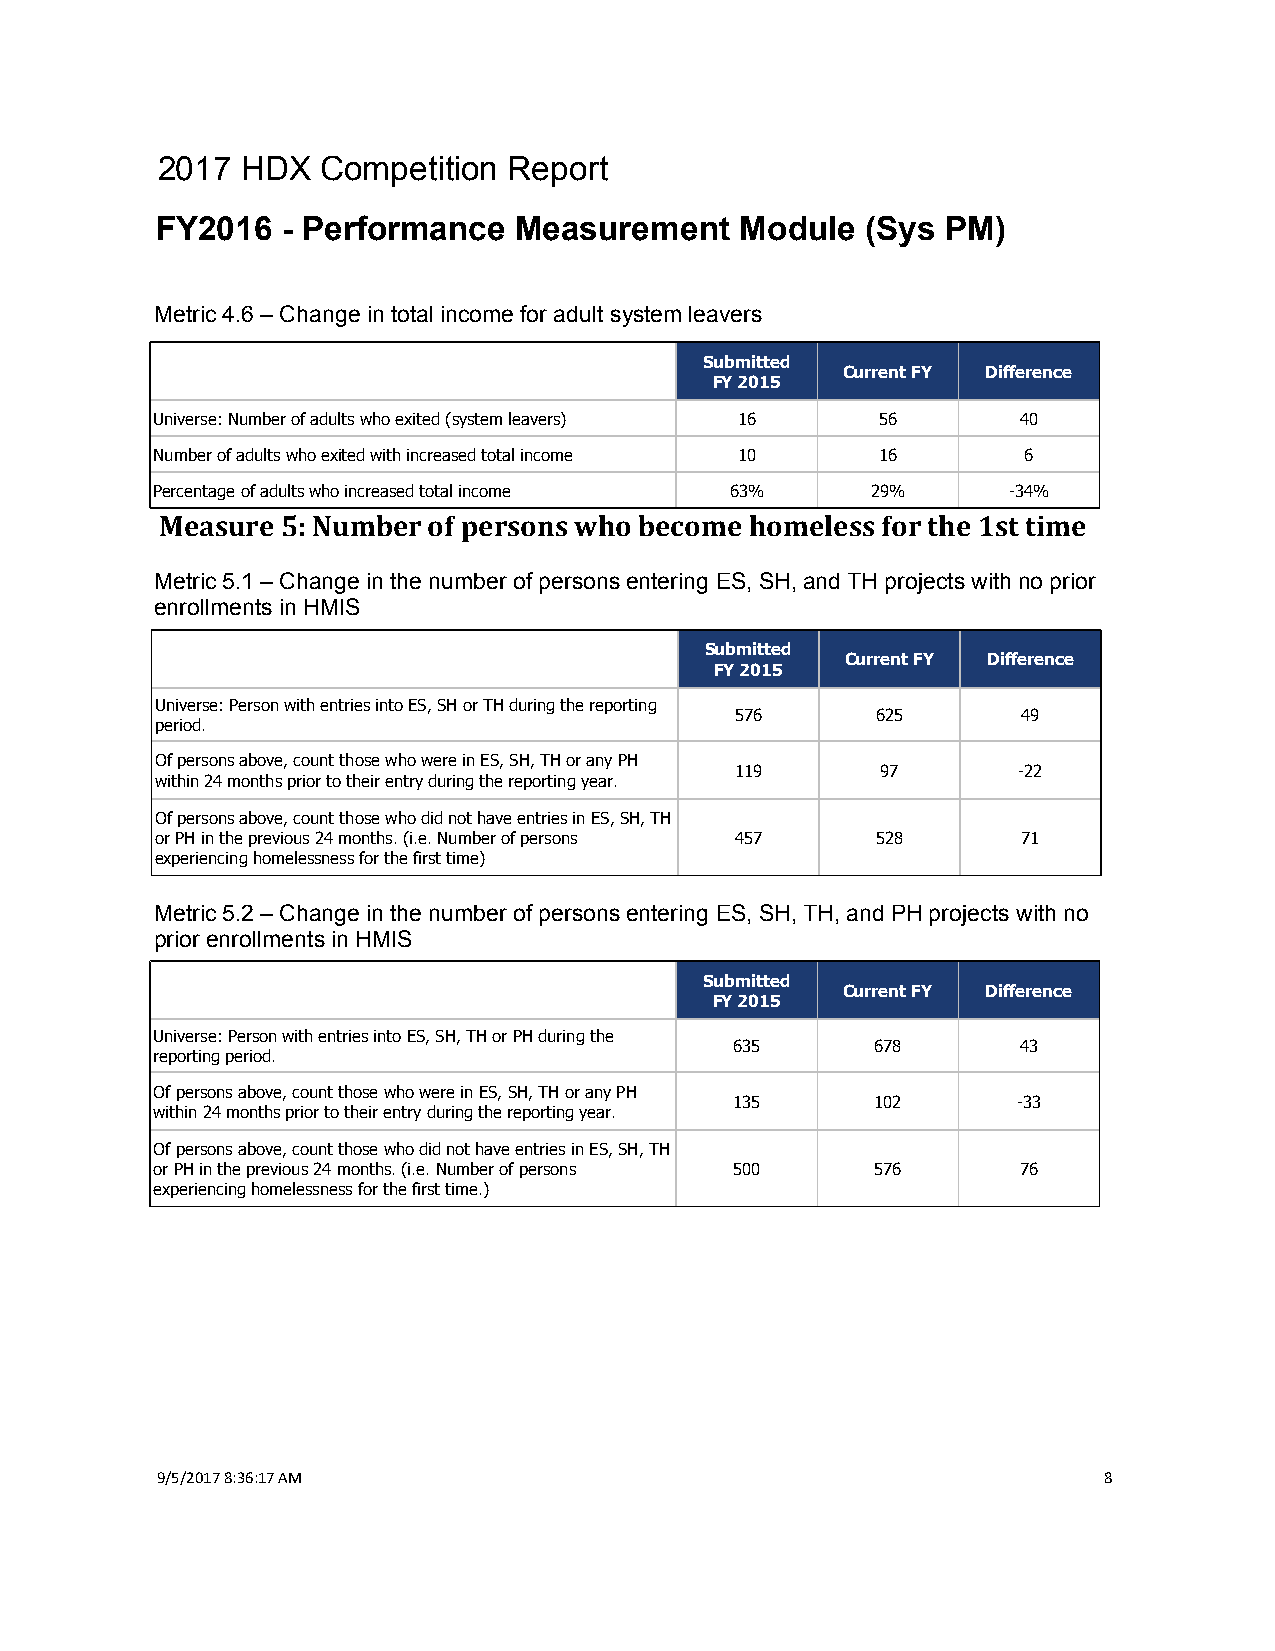
2017  HDX  Competition  Report
 FY2016   - Performance  Measurement    Module  (Sys  PM)
 Metric 4.6 – Change in total income for adult system leavers
 Submitted
 Current FY Difference
 FY 2015
 Universe: Number of adults who exited (system leavers) 16 56 40
 Number of adults who exited with increased total income 10 16 6
 Percentage of adults who increased total income 63% 29%  -34%
 Measure 5: Number of persons who become homeless for the 1st time
 Metric 5.1 – Change in the number of persons entering ES, SH, and TH projects with no prior
 enrollments in HMIS
 Submitted
 Current FY Difference
 FY 2015
 Universe: Person with entries into ES, SH or TH during the reporting
 576      625       49
 period.
 Of persons above, count those who were in ES, SH, TH or any PH
 119      97       -22
 within 24 months prior to their entry during the reporting year.
 Of persons above, count those who did not have entries in ES, SH, TH
 or PH in the previous 24 months. (i.e. Number of persons 457 528 71
 experiencing homelessness for the first time)
 Metric 5.2 – Change in the number of persons entering ES, SH, TH, and PH projects with no
 prior enrollments in HMIS
 Submitted
 Current FY Difference
 FY 2015
 Universe: Person with entries into ES, SH, TH or PH during the
 635      678       43
 reporting period.
 Of persons above, count those who were in ES, SH, TH or any PH
 135      102      -33
 within 24 months prior to their entry during the reporting year.
 Of persons above, count those who did not have entries in ES, SH, TH
 or PH in the previous 24 months. (i.e. Number of persons 500 576 76
 experiencing homelessness for the first time.)
 9/5/2017 8:36:17 AM                                            8